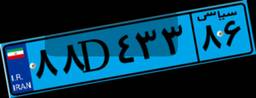
۸۸D۴۳۳۸۶